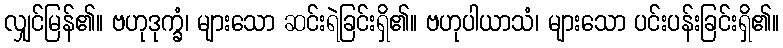
လျှင်မြန်၏။ ဗဟုဒုက္ခံ၊ များသော ဆင်းရဲခြင်းရှိ၏။ ဗဟုပါယာသံ၊ များသော ပင်းပန်းခြင်းရှိ၏။